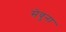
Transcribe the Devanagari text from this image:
सेवुना